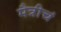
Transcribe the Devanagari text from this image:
मैत्रीचं